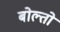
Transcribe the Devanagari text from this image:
बोल्तो